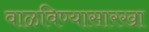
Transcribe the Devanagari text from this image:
वाळविण्यासारखा